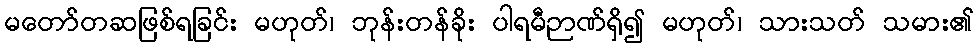
မတော်တဆဖြစ်ရခြင်း မဟုတ်၊ ဘုန်းတန်ခိုး ပါရမီဉာဏ်ရှိ၍ မဟုတ်၊ သားသတ် သမား၏